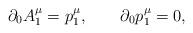
LaTeX: \begin{align*}\partial_0A^\mu_1=p_1^\mu, \qquad \partial_0 p^\mu_1=0,\end{align*}